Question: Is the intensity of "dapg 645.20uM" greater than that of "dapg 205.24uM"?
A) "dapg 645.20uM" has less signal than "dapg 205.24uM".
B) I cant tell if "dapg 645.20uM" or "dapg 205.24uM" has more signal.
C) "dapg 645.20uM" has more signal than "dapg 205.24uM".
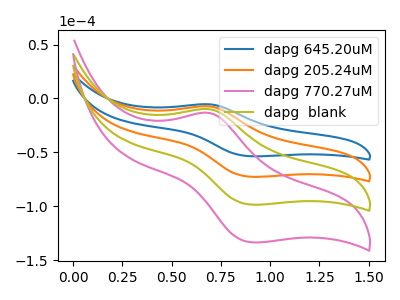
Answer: <think>The blue curve "dapg 645.20uM" has an anodic peak at (0.70V, -5.40uA) and a cathodic peak at (0.90V, -53.60uA). The orange curve "dapg 205.24uM" has an anodic peak at (0.70V, -7.30uA) and a cathodic peak at (0.90V, -72.60uA). The pink curve "dapg 770.27uM" has an anodic peak at (0.70V, -21.90uA) and a cathodic peak at (0.90V, -217.85uA). The olive curve "dapg  blank" has an anodic peak at (0.70V, -14.60uA) and a cathodic peak at (0.90V, -145.25uA).
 All the peaks in "dapg 645.20uM" have a peak in "dapg 205.24uM" at the same potential.</think>
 <answer>B) I cant tell if "dapg 645.20uM" or "dapg 205.24uM" has more signal.</answer>
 <eval>B</eval>